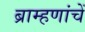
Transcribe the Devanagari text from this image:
ब्राम्हणांचें